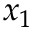
x _ { 1 }